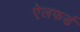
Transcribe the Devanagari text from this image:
ऐलफर्ड